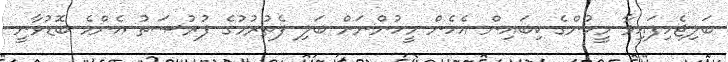
ބަލިޖެހިފައިވާ މީހުންގެ ކިބައިން އެހެން މީހުންނަށް ބަލި ފެތުރުމުގެ ފުރުޞަތު އެންމެ ބޮޑުވާނީ